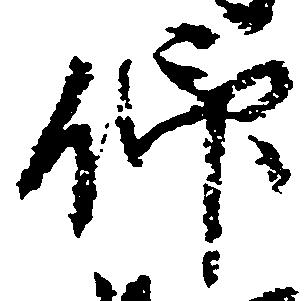
仰